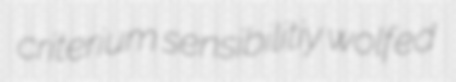
criterium sensibilitiy wolfed